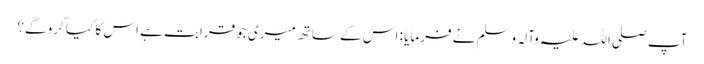
آپ صلی اللہ علیہ وآلہ وسلم نے فرمایا : اس کے ساتھ میری جو قرابت ہے اس کا کیا کرو گے؟